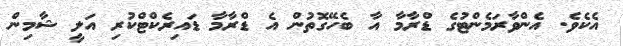
އެކެވެ. އެންވާރަމެންޓުގެ ޑްރާމާ އާ ބެހޭގޮތުން އެ ޑްރާމާ ޑައިރެކްޓްކުރި އަލީ ޝާމިން